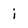
Character: i